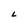
Character: L